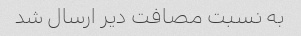
به نسبت مصافت دیر ارسال شد